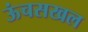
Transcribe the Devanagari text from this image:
ऊंचसखल